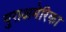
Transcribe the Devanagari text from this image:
युराअमेरिका